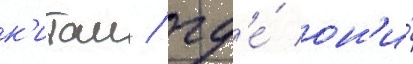
к'итаи / гд'е́ он'и́